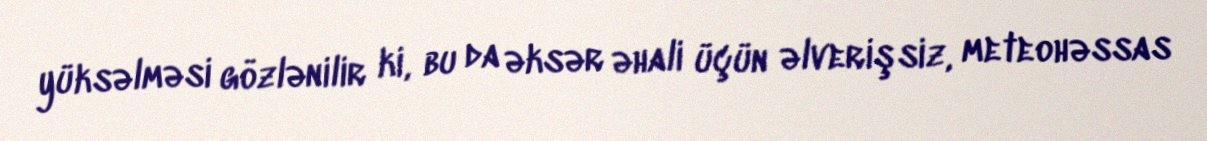
yüksəlməsi gözlənilir ki, bu da əksər əhali üçün əlverişsiz, meteohəssas